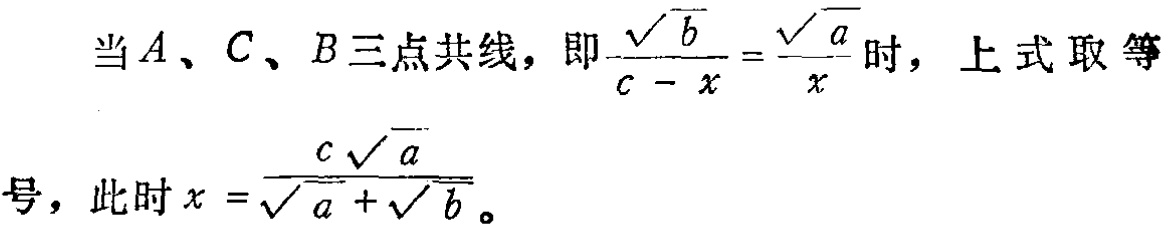
当\(A\)、\(C\)、\(B\)三点共线，即\(\frac{\sqrt{b}}{c - x} = \frac{\sqrt{a}}{x}\)时，上式取等号，此时\(x = \frac{c\sqrt{a}}{\sqrt{a} + \sqrt{b}}\)。